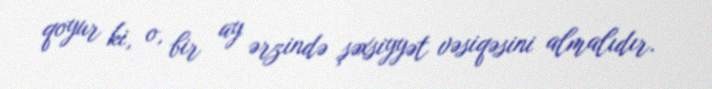
qoyur ki, o, bir ay ərzində şəxsiyyət vəsiqəsini almalıdır.